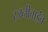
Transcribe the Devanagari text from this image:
रजनीताईंचे